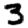
Digit: 3